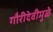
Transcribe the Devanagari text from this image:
गौरीदेवीमुळे